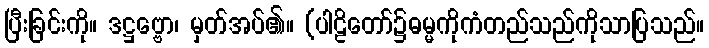
ပြီးခြင်းကို။ ဒဋ္ဌဗ္ဗော၊ မှတ်အပ်၏။ (ပါဠိတော်၌ဓမ္မကိုကံတည်သည်ကိုသာပြသည်။